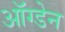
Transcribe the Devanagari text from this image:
ऑग्डेन